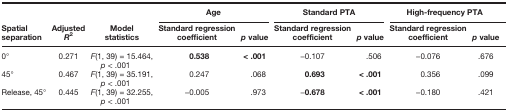
<table><thead><tr><td rowspan="2"><b>Spatial separation</b></td><td rowspan="2"><b>Adjusted <i>R</i><sup>2</sup></b></td><td rowspan="2"><b>Model statistics</b></td><td colspan="2"><b>Age</b></td><td colspan="2"><b>Standard PTA</b></td><td colspan="2"><b>High-frequency PTA</b></td></tr><tr><td><b>Standard regression coefficient</b></td><td><b><i>p</i> value</b></td><td><b>Standard regression coefficient</b></td><td><b><i>p</i> value</b></td><td><b>Standard regression coefficient</b></td><td><b><i>p</i> value</b></td></tr></thead><tbody><tr><td>0°</td><td>0.271</td><td><i>F</i>(1, 39) = 15.464, <i>p</i> &lt; .001</td><td><b>0.538</b></td><td><b>&lt; .001</b></td><td>−0.107</td><td>.506</td><td>−0.076</td><td>.676</td></tr><tr><td>45°</td><td>0.467</td><td><i>F</i>(1, 39) = 35.191, <i>p</i> &lt; .001</td><td>0.247</td><td>.068</td><td><b>0.693</b></td><td><b>&lt; .001</b></td><td>0.356</td><td>.099</td></tr><tr><td>Release, 45°</td><td>0.445</td><td><i>F</i>(1, 39) = 32.255, <i>p</i> &lt; .001</td><td>−0.005</td><td>.973</td><td>−<b>0.678</b></td><td><b>&lt; .001</b></td><td>−0.180</td><td>.421</td></tr></tbody></table>